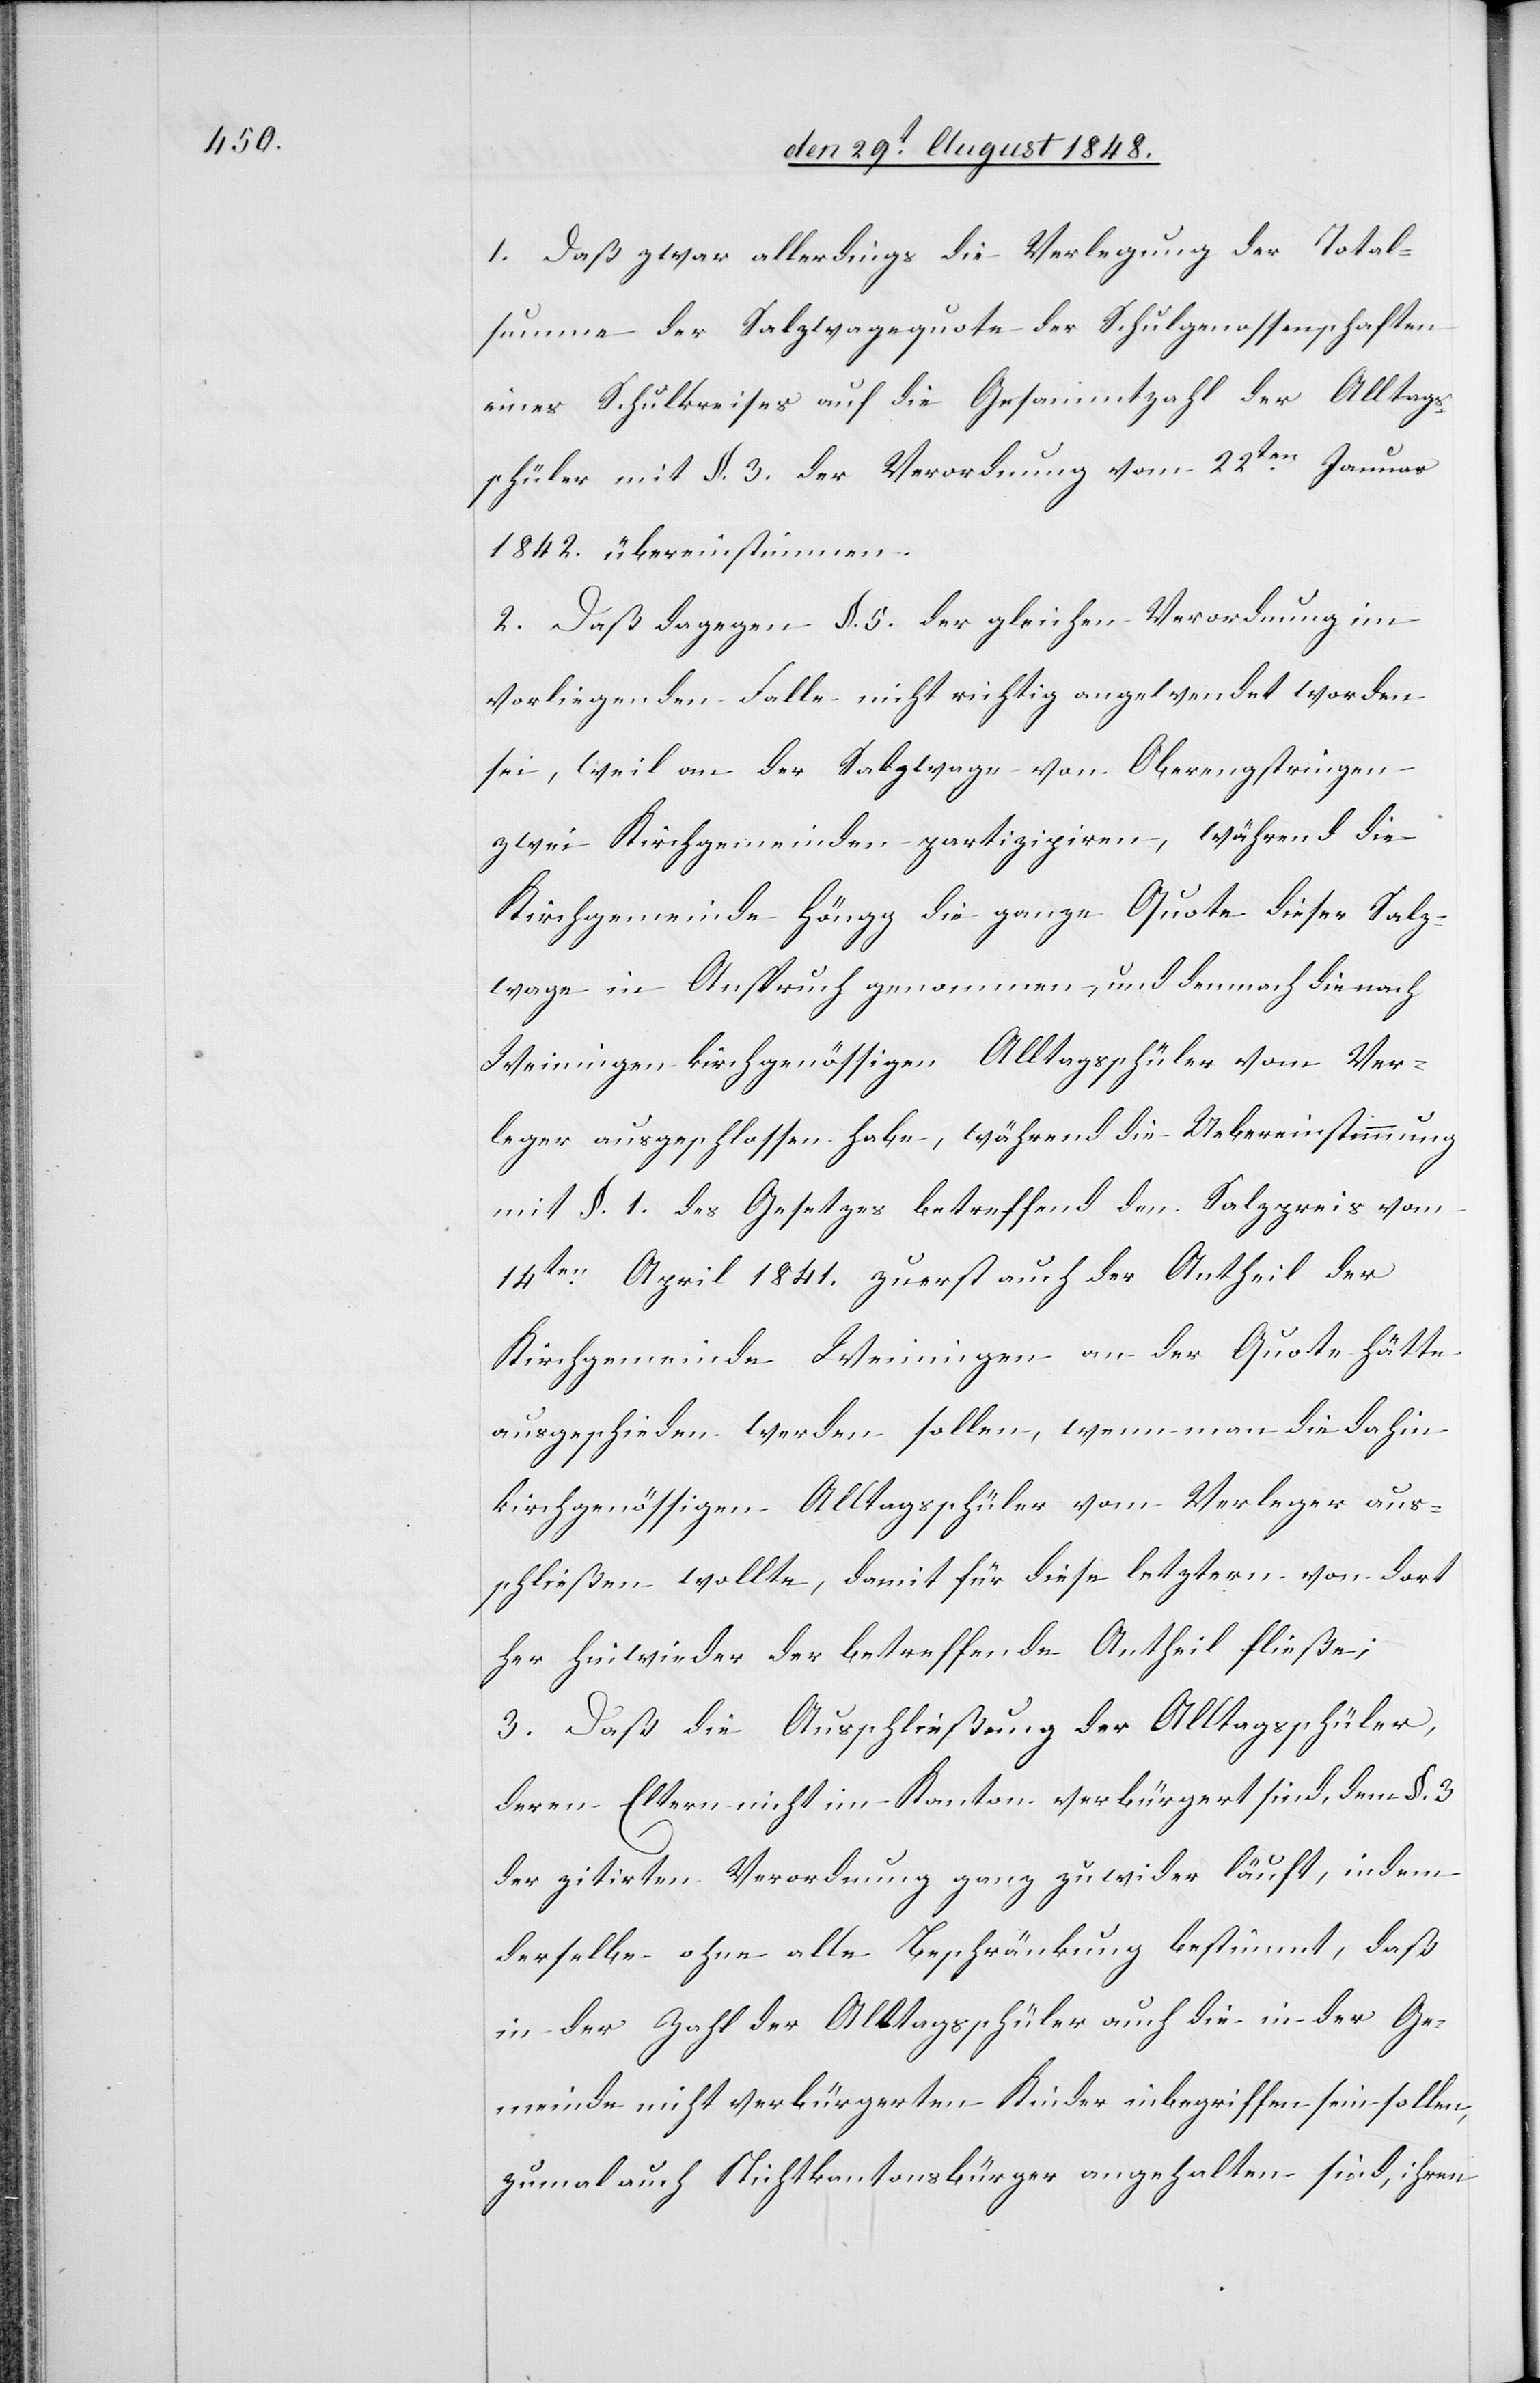
1. Daß zwar allerdings die Verlegung der Total¬
summe der Salzwagequote der Schulgenossenschaften
eines Schulkreises auf die Gesammtzahl der Alltags¬
schüler mit §. 3. der Verordnung vom 22ten Januar
1842. übereinstimmen.
2. Daß dagegen §. 5. der gleichen Verordnung im
vorliegenden Falle nicht richtig angewendet worden
sei, weil an der Salzwage von Oberengstringen
zwei Kirchgemeinden partizipiren, während die
Kirchgemeinde Höngg die ganze Quote dieser Salz¬
wage in Anspruch genommen, und demnach die nach
Weiningen kirchgenössigen Alltagsschüler vom Ver¬
leger ausgeschlossen habe, während die Uebereinstimmung
mit §. 1. des Gesetzes betreffend den Salzpreis vom
14ten April 1841. zuerst auch der Antheil der
Kirchgemeinde Weiningen an der Quote hätte
ausgeschieden werden sollen, wenn man die dahin
kirchgenössigen Alltagsschüler vom Verleger aus¬
schließen wollte, damit für diese letztern von dort
her hiewieder der betreffende Antheil fließe;
3. Daß die Ausschließung der Alltagsschüler,
deren Eltern nicht im Kanton verbürgert sind, dem §. 3.
der zitirten Verordnung ganz zuwider läuft, indem
derselbe ohne alle Beschränkung bestimmt, daß
in der Zahl der Alltagsschüler auch die in der Ge¬
meinde nicht verbürgerten Kinder inbegriffen sein sollen,
zumal auch Nichtkantonsbürger angehalten sind, ihren